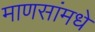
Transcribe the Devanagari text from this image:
माणसांमधे